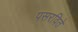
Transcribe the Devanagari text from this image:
पसरविते